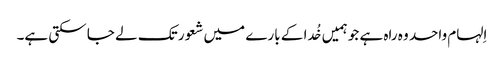
اِلہام واحد وہ راہ ہے جو ہمیں خُدا کے بارے میں شعور تک لے جا سکتی ہے۔